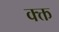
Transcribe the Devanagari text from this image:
क्क्त